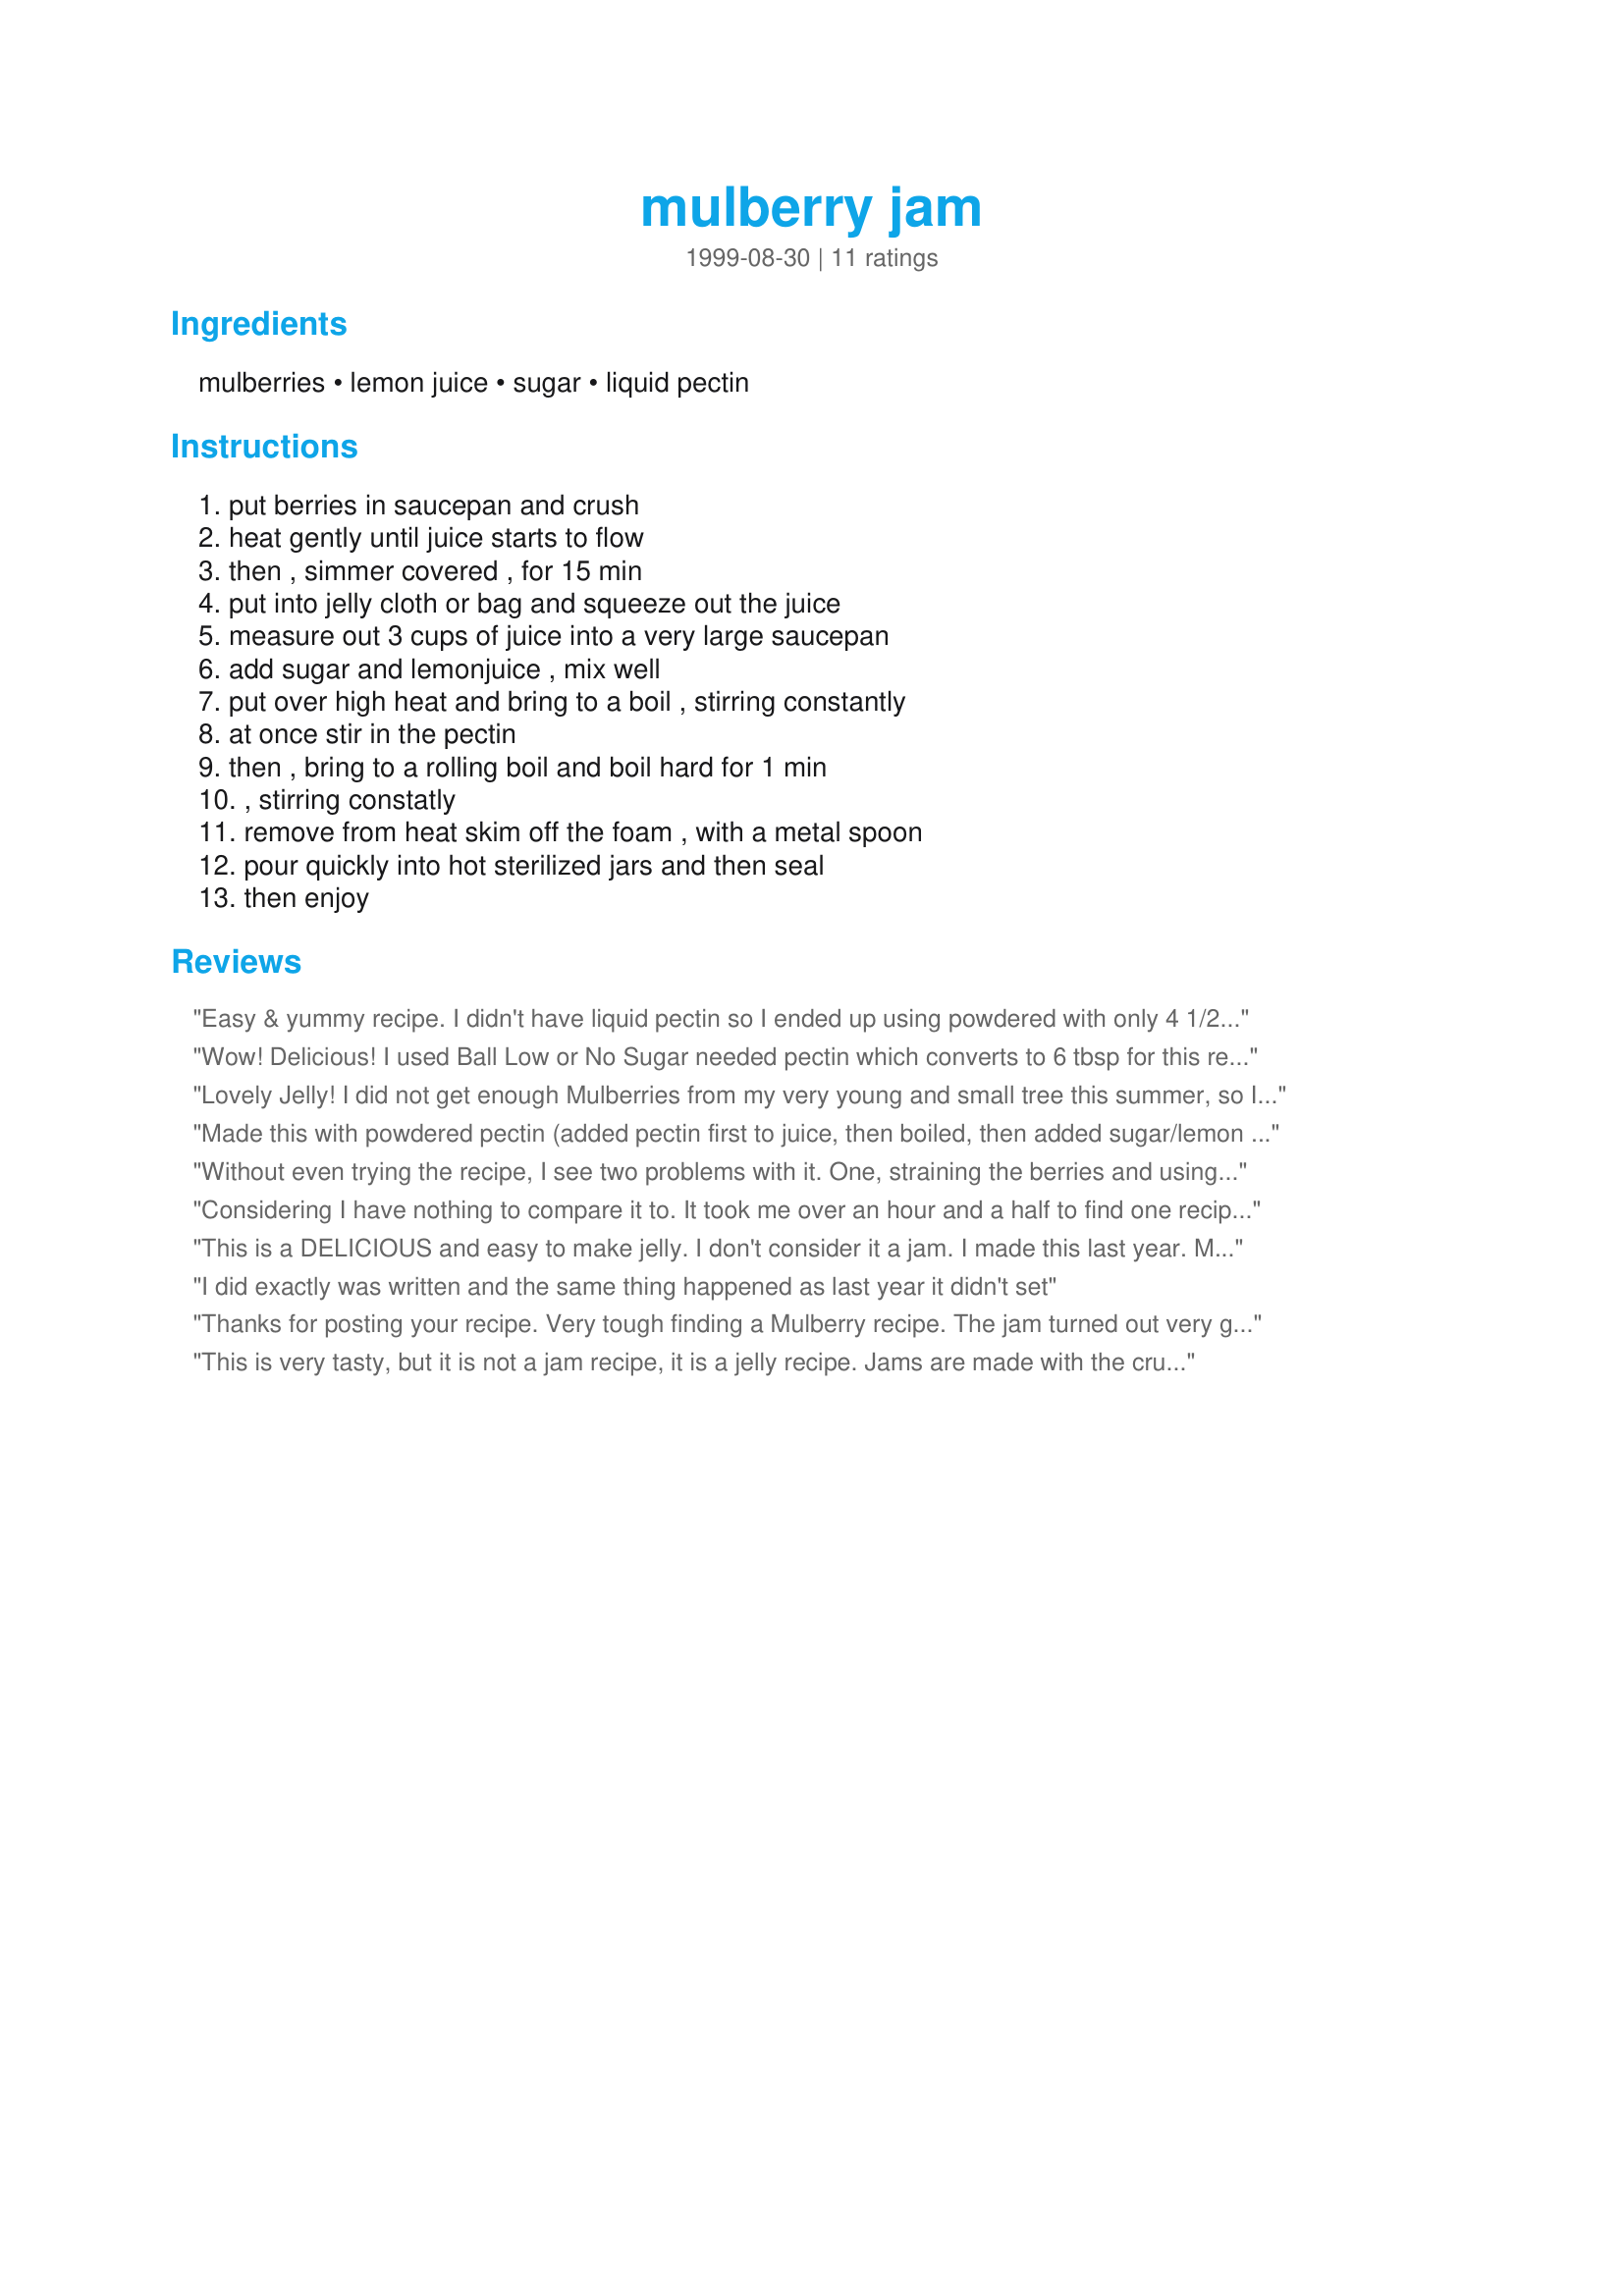
mulberry jam
Preparation time: 0 minutes

Ingredients:
mulberries, lemon juice, sugar, liquid pectin

Steps:
put berries in saucepan and crush, heat gently until juice starts to flow, then , simmer covered , for 15 min, put into jelly cloth or bag and squeeze out the juice, measure out 3 cups of juice into a very large saucepan, add sugar and lemonjuice , mix well, put over high heat and bring to a boil , stirring constantly, at once stir in the pectin, then , bring to a rolling boil and boil hard for 1 min, , stirring constatly, remove from heat skim off the foam , with a metal spoon, pour quickly into hot sterilized jars and then seal, then enjoy

Reviews:
Easy & yummy recipe. I didn't have liquid pectin so I ended up using powdered with only 4 1/2 cups sugar (per the package), but super yummy anyway! With all the mulberry trees we have, I'm sure I'll be making lots of this in the future.
Wow! Delicious! I used Ball Low or No Sugar needed pectin which converts to 6 tbsp for this recipe. Also just used the whole berry (did not strain). My berries were on the small side and ranged from ripe to pink. All used together makes for a very pleasing jam. Thanks for sharing.
Lovely Jelly! I did not get enough Mulberries from my very young and small tree this summer, so I used some Black Raspberries and Red Currents to make up the difference. It is a beautiful deep burgundy-purple and set up perfectly overnight. I used two packets of liquid pectin as another reviewer suggested. Ended up with 7 half pints and one quarter pint. Wonderful way to showcase all the local berries that grow around here! I will definitely make this every year, but hopefully just with Mulberries next time, to get a real taste of them on their own.
Made this with powdered pectin (added pectin first to juice, then boiled, then added sugar/lemon juice and boiled the 1 minute). Soooo good! Moved to a home with a mulberry tree last year, and now have a way to use them all. First batch I made is small, but if I make a big batch, will be canning the proper way.
Without even trying the recipe, I see two problems with it. One, straining the berries and using the juice makes it a jelly not a jam. Two, open kettle method of making jam and jelly is outdated and dangerous. You should always process the jars after canning.
Considering I have nothing to compare it to. It took me over an hour and a half to find one recipe for Mulberry anything. It was great you have a great site here. Thank You If you could find a Mulberry wine recipe i would greatly appreciate it. Thanks again Lisa
This is a DELICIOUS and easy to make jelly. I don't consider it a jam. I made this last year. My family, especially my children, loved it. They didn't want to eat grape jelly any more afterward. So of course I had to make it again this year, but I tried something new. After rinsing the berries, I ran them through my juicer (without cooking them). I then followed the recipe using the three cups of juice. I was told by a county extension agent that I would still have to strain the juice through a jelly bag. I did for part of the batches, but got lazy for the rest and used the juice straight from the juicer. They both set up perfectly and I couldn't tell the difference in taste. I put some in pint jars. Those jars took about two weeks to completely set up. The smaller jars set up more quickly. The bottle of liquid pectin is equal to two pouches if you buy it that way.
I did exactly was written and the same thing happened as last year it didn't set
Thanks for posting your recipe. Very tough finding a Mulberry recipe. The jam turned out very good. It takes a little time to set up, but does just fine. The lemon flavor was a little strong for me, so next time I will cut back on it a tad.
This is very tasty, but it is not a jam recipe, it is a jelly recipe. Jams are made with the crushed fruit and jellies are made with just the strained juice. If it had been posted as a jelly recipe, I would have given it five stars.
This is good proportions the only problem is this is far from a jam you're reducing the fruit from the mixture and using just the juice and calling this a jam so I can't write this as a good mulberry jam because it's not really a jam
